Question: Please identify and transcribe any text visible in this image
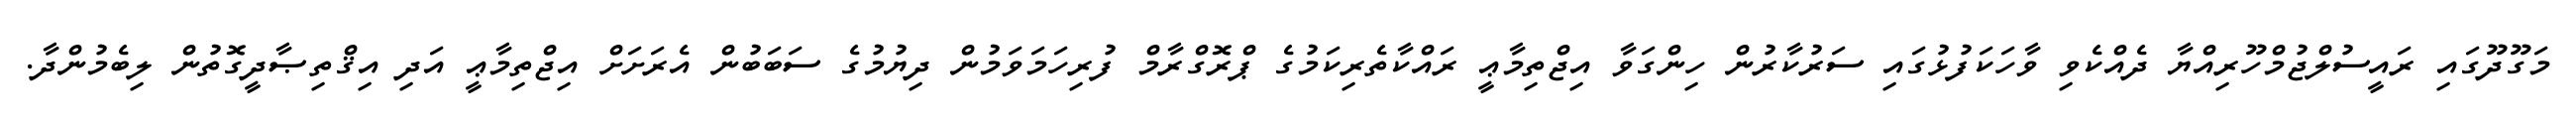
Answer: މަގޫދޫގައި ރައީސުލްޖުމްހޫރިއްޔާ ދެއްކެވި ވާހަކަފުޅުގައި ސަރުކާރުން ހިންގަވާ އިޖްތިމާޢީ ރައްކާތެރިކަމުގެ ޕްރޮގްރާމް ފުރިހަމަވަމުން ދިޔުމުގެ ސަބަބުން އެރަށަށް އިޖްތިމާޢީ އަދި އިޤްތިޞާދީގޮތުން ލިބެމުންދާ.